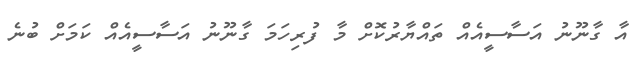
އާ ގާނޫނު އަސާސީއެއް ތައްޔާރުކޮށް މާ ފުރިހަމަ ގާނޫނު އަސާސީއެއް ކަމަށް ބުނެ